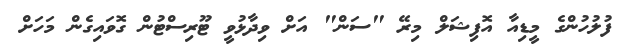
ފުލުހުންގެ މީޑިއާ އޮފިޝަލް މިރޭ "ސަން" އަށް ވިދާޅުވީ ޓޫރިސްޓުން ގޮވައިގެން މަހަށް